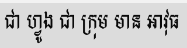
ជា ហ្វូង ជា ក្រុម មាន អាវុធ